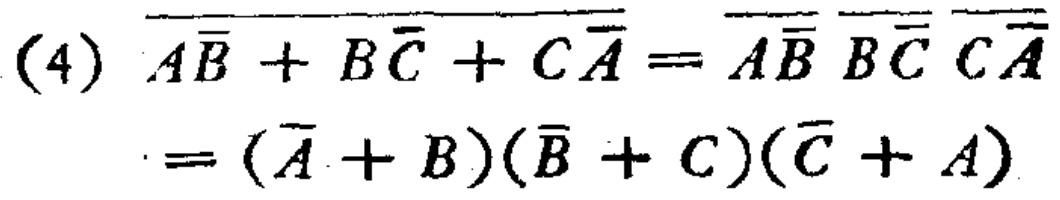
\((4)\) \(\overline{\overline{A}\overline{B}}+\overline{B}\overline{C}+\overline{C}\overline{\overline{A}}=\overline{\overline{A}\overline{B}}\ \overline{\overline{B}\overline{C}}\ \overline{\overline{C}\overline{\overline{A}}}=(\overline{A}+B)(\overline{B}+C)(\overline{C}+A)\)